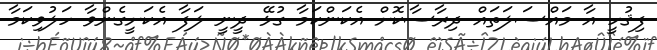
ފިޤުހީ އާ މައްސަލަތައް ދިރާސާކޮށް އެކަންކަމާ ގުޅޭ ދީނީ ލަފާ އެކަށީގެންވާ ހަލުވިކަމާ